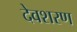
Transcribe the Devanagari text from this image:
देवशरण